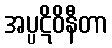
အပ္ပဋိဝိနီတာ